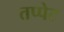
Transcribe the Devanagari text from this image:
तप्पेट